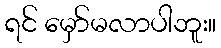
ရင် မှော်မလာပါဘူး။